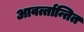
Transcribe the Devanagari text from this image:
आवर्त्तान्तित